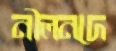
নীলনদে